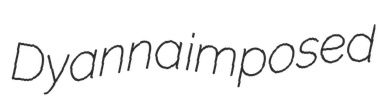
Dyanna imposed